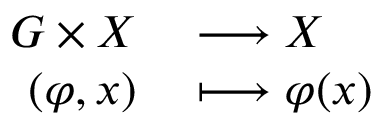
\begin{array} { r l } { G \times X } & { { } \longrightarrow X } \\ { ( \varphi , x ) } & { { } \longmapsto \varphi ( x ) } \end{array}